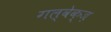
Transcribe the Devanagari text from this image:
गल्वेक्ज़